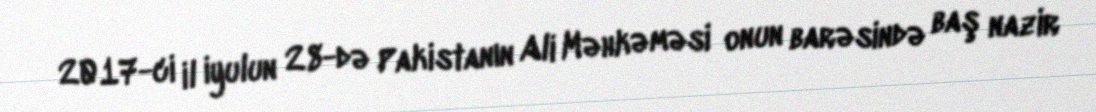
2017-ci il iyulun 28-də Pakistanın Ali Məhkəməsi onun barəsində baş nazir